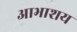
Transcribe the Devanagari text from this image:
आभाशय